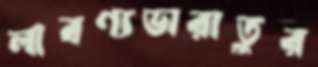
লাবণ্যভারাতুর